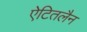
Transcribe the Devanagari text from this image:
ऐटितलैन